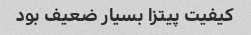
کیفیت پیتزا بسیار ضعیف بود